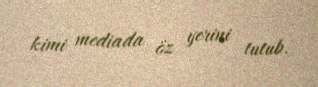
kimi mediada öz yerini tutub.